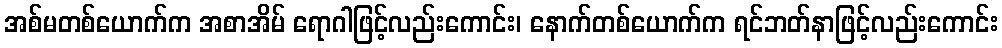
အစ်မတစ်ယောက်က အစာအိမ် ရောဂါဖြင့်လည်းကောင်း၊ နောက်တစ်ယောက်က ရင်ဘတ်နာဖြင့်လည်းကောင်း